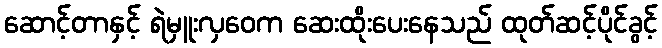
ဆောင့်တာနှင့် ရဲမှူးလှဝေက ဆေးထိုးပေးနေသည် ထုတ်ဆင့်ပိုင်ခွင့်